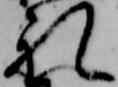
礼